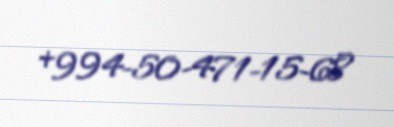
+994-50-471-15-68